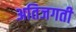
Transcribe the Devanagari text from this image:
अतिजगती